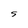
Character: S